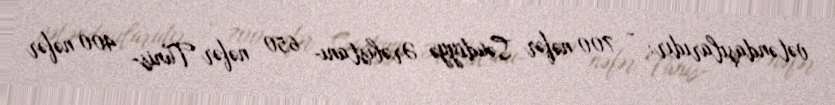
vətəndaşılarıdır: - 700 nəfər Səudiyyə Ərəbistanı- 650 nəfər Tunis- 400 nəfər